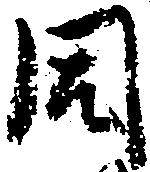
同